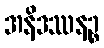
အနိဒဿနဉ္စ